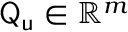
{ \sf Q _ { u } } \in \mathbb { R } ^ { m }